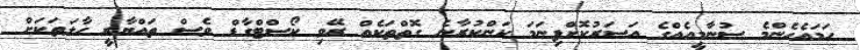
ހަމައެހެންމެ ސުނާމީއެއްގެ އަސަރުކޮށްފިނަމަ ކަންކުރާނެ ގޮތްތަކެއް ރޭވި ކޯސްޓްގާޑް ވެސް ތައްޔާރީ ހާލަތަކަށް